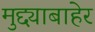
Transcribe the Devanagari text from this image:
मुद्द्याबाहेर